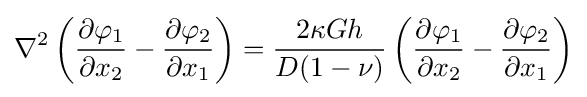
\nabla ^{2}\left({\frac {\partial \varphi _{1}}{\partial x_{2}}}-{\frac {\partial \varphi _{2}}{\partial x_{1}}}\right)={\frac {2\kappa Gh}{D(1-\nu )}}\left({\frac {\partial \varphi _{1}}{\partial x_{2}}}-{\frac {\partial \varphi _{2}}{\partial x_{1}}}\right)